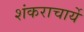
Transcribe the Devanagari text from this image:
शंकराचार्ये